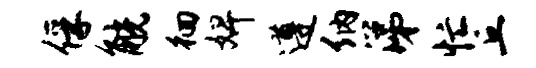
俘觥徊婢遵纳涕忙丘